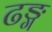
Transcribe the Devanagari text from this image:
ढङ्ग